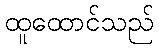
ထူထောင်သည်